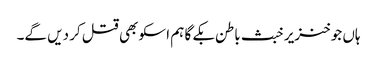
ہاں جو خنزیر خبث باطن بکے گا ہم اسکو بھی قتل کر دیں گے۔